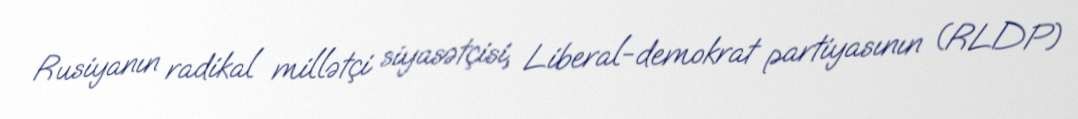
Rusiyanın radikal millətçi siyasətçisi, Liberal-demokrat partiyasının (RLDP)